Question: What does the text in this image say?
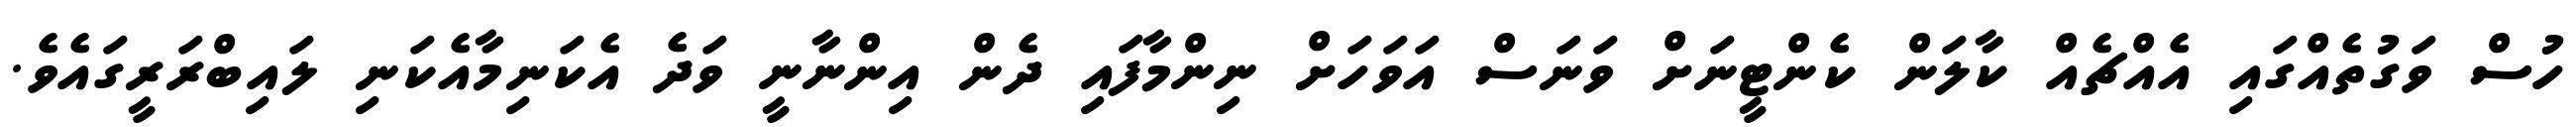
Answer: ހުސް ވަގުތެއްގައި އެއްޗެއް ކާލަން ކެންޓީނަށް ވަނަސް އަވަހަށް ނިންމާފައި ދެން އިންނާނީ ވަދެ އެކަނިމާއެކަނި ލައިބްރަރީގައެވެ.